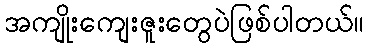
အကျိုးကျေးဇူးတွေပဲဖြစ်ပါတယ်။